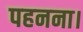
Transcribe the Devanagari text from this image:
पहनना।